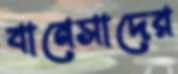
বানেসাদের